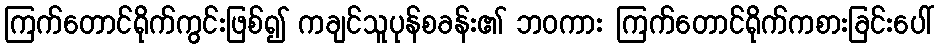
ကြက်တောင်ရိုက်ကွင်းဖြစ်၍ ကချင်သူပုန်စခန်း၏ ဘဝကား ကြက်တောင်ရိုက်ကစားခြင်းပေါ်